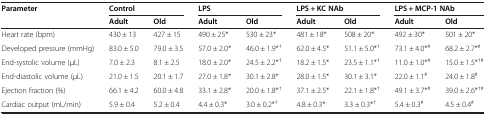
<table><thead><tr><td rowspan="2"><b>Parameter</b></td><td colspan="2"><b>Control</b></td><td colspan="2"><b>LPS</b></td><td colspan="2"><b>LPS + KC NAb</b></td><td colspan="2"><b>LPS + MCP-1 NAb</b></td></tr><tr><td><b>Adult</b></td><td><b>Old</b></td><td><b>Adult</b></td><td><b>Old</b></td><td><b>Adult</b></td><td><b>Old</b></td><td><b>Adult</b></td><td><b>Old</b></td></tr></thead><tbody><tr><td>Heart rate (bpm)</td><td>430 ± 13</td><td>427 ± 15</td><td>490 ± 25*</td><td>530 ± 23*</td><td>481 ± 18*</td><td>508 ± 20*</td><td>492 ± 30*</td><td>501 ± 20*</td></tr><tr><td>Developed pressure (mmHg)</td><td>83.0 ± 5.0</td><td>79.0 ± 3.5</td><td>57.0 ± 2.0*</td><td>46.0 ± 1.9*<sup>†</sup></td><td>62.0 ± 4.5*</td><td>51.1 ± 5.0*<sup>†</sup></td><td>73.1 ± 4.0*<sup>#</sup></td><td>68.2 ± 2.7*<sup>#</sup></td></tr><tr><td>End-systolic volume (μL)</td><td>7.0 ± 2.3</td><td>8.1 ± 2.5</td><td>18.0 ± 2.0*</td><td>24.5 ± 2.2*<sup>†</sup></td><td>18.2 ± 1.5*</td><td>23.5 ± 1.1*<sup>†</sup></td><td>11.0 ± 1.0*<sup>#</sup></td><td>15.0 ± 1.5*<sup>†#</sup></td></tr><tr><td>End-diastolic volume (μL)</td><td>21.0 ± 1.5</td><td>20.1 ± 1.7</td><td>27.0 ± 1.8*</td><td>30.1 ± 2.8*</td><td>28.0 ± 1.5*</td><td>30.1 ± 3.1*</td><td>22.0 ± 1.1<sup>#</sup></td><td>24.0 ± 1.8<sup>#</sup></td></tr><tr><td>Ejection fraction (%)</td><td>66.1 ± 4.2</td><td>60.0 ± 4.8</td><td>33.1 ± 2.8*</td><td>20.0 ± 1.8*<sup>†</sup></td><td>37.1 ± 2.5*</td><td>22.1 ± 1.8*<sup>†</sup></td><td>49.1 ± 3.7*<sup>#</sup></td><td>39.0 ± 2.6*<sup>†#</sup></td></tr><tr><td>Cardiac output (mL/min)</td><td>5.9 ± 0.4</td><td>5.2 ± 0.4</td><td>4.4 ± 0.3*</td><td>3.0 ± 0.2*<sup>†</sup></td><td>4.8 ± 0.3*</td><td>3.3 ± 0.3*<sup>†</sup></td><td>5.4 ± 0.3<sup>#</sup></td><td>4.5 ± 0.4<sup>#</sup></td></tr></tbody></table>